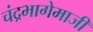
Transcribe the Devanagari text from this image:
चंद्रभागेमाजीं